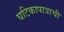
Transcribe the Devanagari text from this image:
घटिकापात्राची